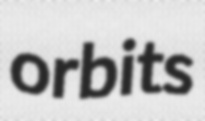
orbits